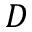
D